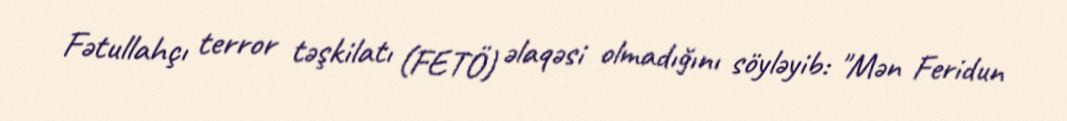
Fətullahçı terror təşkilatı (FETÖ) əlaqəsi olmadığını söyləyib: "Mən Feridun